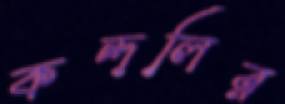
কন্দলির